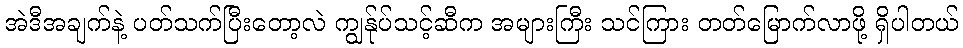
အဲဒီအချက်နဲ့ ပတ်သက်ပြီးတော့လဲ ကျွန်ုပ်သင့်ဆီက အများကြီး သင်ကြား တတ်မြောက်လာဖို့ ရှိပါတယ်